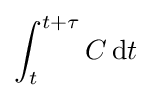
\int _{t}^{t+\tau }C\,\mathrm {d} t